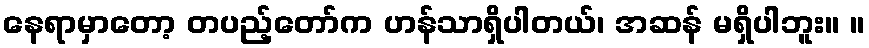
နေရာမှာတော့ တပည့်တော်က ဟန်သာရှိပါတယ်၊ အဆန် မရှိပါဘူး။ ။